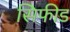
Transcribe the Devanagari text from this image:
सिफीड